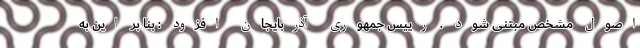
اصول مشخص مبتنی شود . رییس جمهوری آذربایجان افزود : بنا بر این به